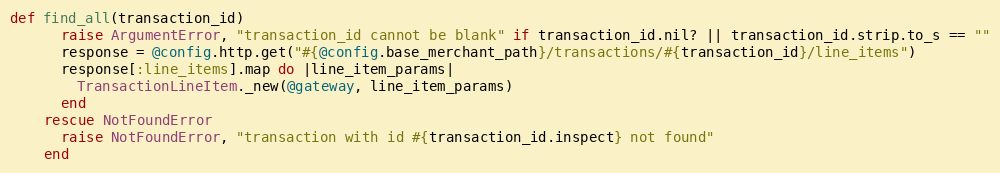
Language: Ruby
def find_all(transaction_id)
      raise ArgumentError, "transaction_id cannot be blank" if transaction_id.nil? || transaction_id.strip.to_s == ""
      response = @config.http.get("#{@config.base_merchant_path}/transactions/#{transaction_id}/line_items")
      response[:line_items].map do |line_item_params|
        TransactionLineItem._new(@gateway, line_item_params)
      end
    rescue NotFoundError
      raise NotFoundError, "transaction with id #{transaction_id.inspect} not found"
    end